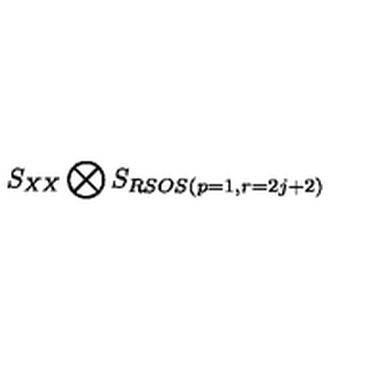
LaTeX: S _ { X X } \bigotimes S _ { R S O S ( p = 1 , r = 2 j + 2 ) }